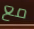
مع